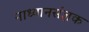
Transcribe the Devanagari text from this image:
नाध्यानसंज्ञक